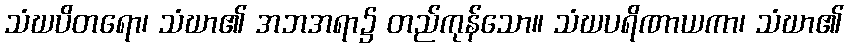
သံဃပိတရော၊ သံဃာ၏ အဘအရာ၌ တည်ကုန်သော။ သံဃပရိဏာယကာ၊ သံဃာ၏